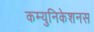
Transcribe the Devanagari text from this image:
कम्युनिकेशनस